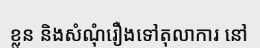
ខ្លួន និងសំណុំរឿងទៅតុលាការ នៅ